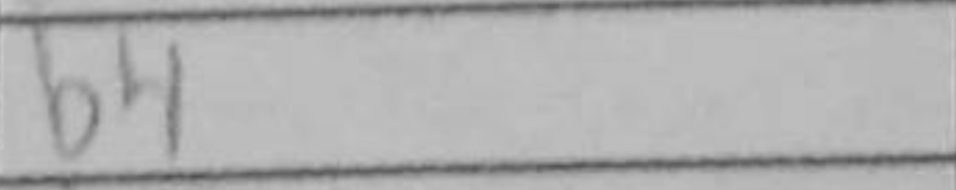
Transcription: b4